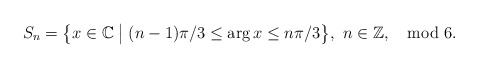
\begin{align*}S_n=\bigl\{x\in\mathbb C \bigm| (n-1)\pi/3\leq\arg{x}\le n\pi/3\bigr\},\ n\in\mathbb Z, \mod{6}.\end{align*}